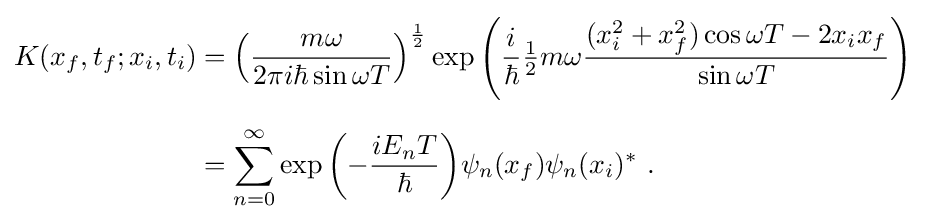
{\begin{aligned}K(x_{f},t_{f};x_{i},t_{i})&=\left({\frac {m\omega }{2\pi i\hbar \sin \omega T}}\right)^{\frac {1}{2}}\exp {\left({\frac {i}{\hbar }}{\tfrac {1}{2}}m\omega {\frac {(x_{i}^{2}+x_{f}^{2})\cos \omega T-2x_{i}x_{f}}{\sin \omega T}}\right)}\\[6pt]&=\sum _{n=0}^{\infty }\exp {\left(-{\frac {iE_{n}T}{\hbar }}\right)}\psi _{n}(x_{f})\psi _{n}(x_{i})^{*}~.\end{aligned}}